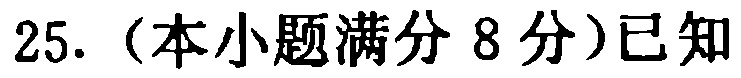
25.（本小题满分8分）已知